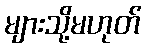
များသို့မဟုတ်